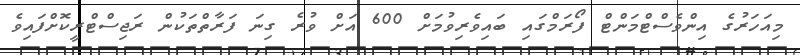
މިއަހަރުގެ އިންވެސްޓްމަންޓް ފޯރަމްގައި ބައިވެރިވުމަށް 600 އަށް ވުރެ ގިނަ ފަރާތްތަކުން ރަޖިސްޓްރީކޮށްފައިވެ